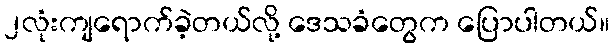
၂လုံးကျရောက်ခဲ့တယ်လို့ ဒေသခံတွေက ပြောပါတယ်။